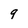
Character: 9